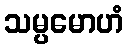
သမ္ပမောဟံ